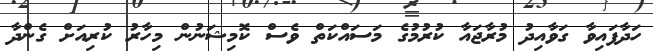
ހަދާފައިވާ ގަވާއިދު މުރާޖައާ ކުރުމުގެ މަސައްކަތް ވެސް ކޮމިޝަނުން މިހާރު ކުރިއަށް ގެންދާ